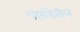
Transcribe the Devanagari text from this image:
पारुंडेतील